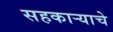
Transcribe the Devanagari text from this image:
सहकाऱ्याचे